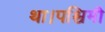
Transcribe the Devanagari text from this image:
था।पश्चिमी